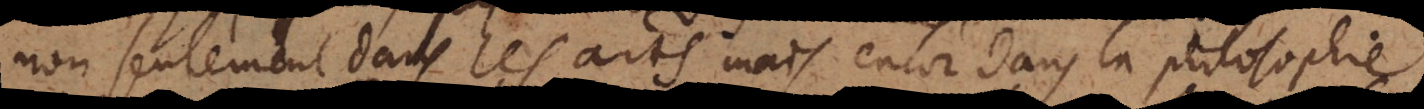
non seulement dans les arts mais encor dans la philosophie